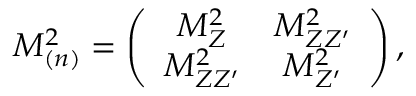
{ \cal M } _ { ( n ) } ^ { 2 } = \left( \begin{array} { c c } { { M _ { Z } ^ { 2 } } } & { { M _ { Z Z ^ { \prime } } ^ { 2 } } } \\ { { M _ { Z Z ^ { \prime } } ^ { 2 } } } & { { M _ { Z ^ { \prime } } ^ { 2 } } } \end{array} \right) ,